Indian journal of veterinary science and animal husbandry - Volumes 26-27, 1956-1957
Year: 1956
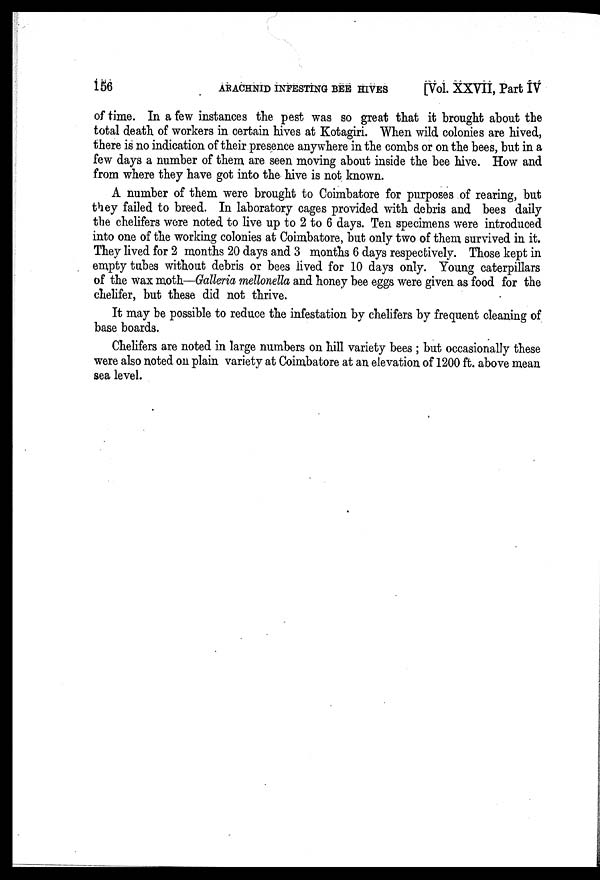
156
ARACHNID INFESTING BEE HIVES
[Vol. XXVII, Part IV
of time. In a few instances the pest was so great that it brought about the
total death of workers in certain hives at Kotagiri. When wild colonies are hived,
there is no indication of their presence anywhere in the combs or on the bees, but in a
few days a number of them are seen moving about inside the bee hive. How and
from where they have got into the hive is not known.
A number of them were brought to Coimbatore for purposes of rearing, but
they failed to breed. In laboratory cages provided with debris and bees daily
the chelifers were noted to live up to 2 to 6 days. Ten specimens were introduced
into one of the working colonies at Coimbatore, but only two of them survived in it.
They lived for 2 months 20 days and 3 months 6 days respectively. Those kept in
empty tubes without debris or bees lived for 10 days only. Young caterpillars
of the wax moth—Galleria mellonella and honey bee eggs were given as food for the
chelifer, but these did not thrive.
It may be possible to reduce the infestation by chelifers by frequent cleaning of
base boards.
Chelifers are noted in large numbers on hill variety bees; but occasionally these
were also noted on plain variety at Coimbatore at an elevation of 1200 ft. above mean
sea level.